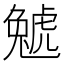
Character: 𧇢